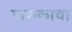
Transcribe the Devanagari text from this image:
माणकाचा